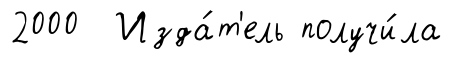
2000 Изда́т'ель получи́ла